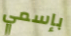
بإسمي